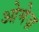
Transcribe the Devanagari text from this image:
ओमेज़